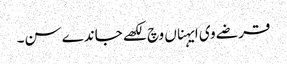
قرضے وی ایہناں وچ لکھے جاندے سن۔